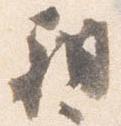
朝